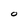
Character: 0